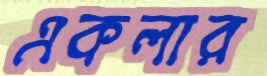
একলার